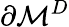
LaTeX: \partial\mathcal{M}^{D}